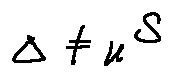
\Delta \neq u S